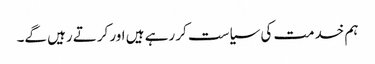
ہم خدمت کی سیاست کر رہے ہیں اور کرتے رہیں گے۔